Report of an investigation into the causes of malaria in Bombay and the measures necessary for its control
Disease focus: Malaria
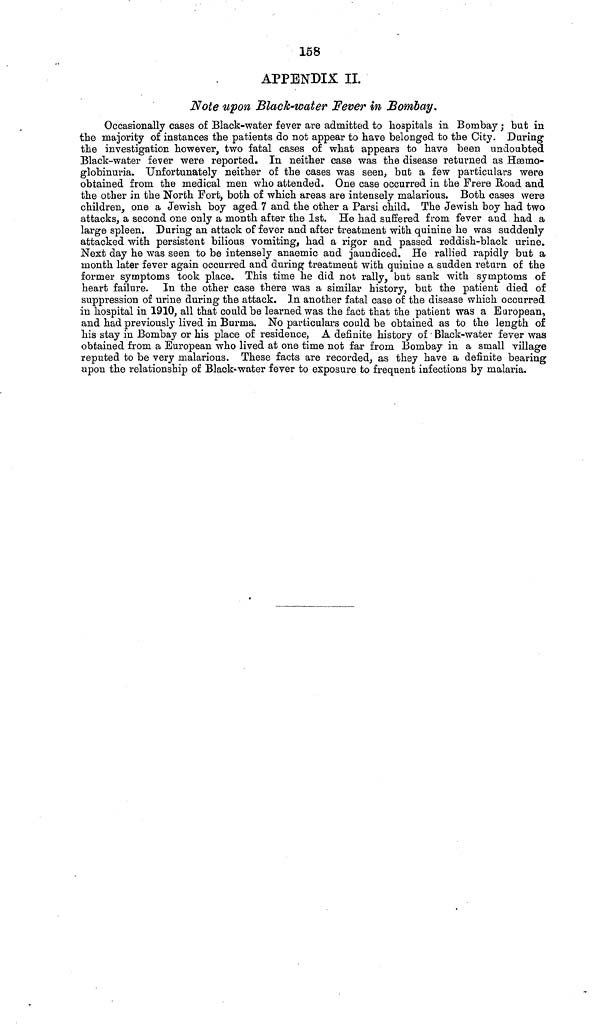
158
APPENDIX II.
Note upon Black-water Fever in Bombay.
Occasionally cases of Black-water fever are admitted to hospitals in Bombay ; but in
the majority of instances the patients do not appear to have belonged to the City. During
the investigation however, two fatal cases of what appears to have been undoubted
Black-water fever were reported. In neither case was the disease returned as Hæmo-
globinuria. Unfortunately neither of the cases was seen, but a few particulars were
obtained from the medical men who attended. One case occurred in the Frere Road and
the other in the North Fort, both of which areas are intensely malarious. Both oases were
children, one a Jewish boy aged 7 and the other a Parsi child. The Jewish boy had two
attacks, a second one only a month after the 1st. He had suffered from fever and had a
large spleen. During an attack of fever and after treatment with quinine he was suddenly
attacked with persistent bilious vomiting, had a rigor and passed reddish-black urine.
Next day he was seen to be intensely anaemic and jaundiced. He rallied rapidly but a
month later fever again occurred and during treatment with quinine a sudden return of the
former symptoms took place. This time he did not rally, but sank with symptoms of
heart failure. In the other case there was a similar history, but the patient died of
suppression of urine during the attack. In another fatal case of the disease which occurred
in hospital in 1910, all that could be learned was the fact that the patient was a European,
and had previously lived in Burma. No particulars could be obtained as to the length of
his stay in Bombay or his place of residence, A definite history of • Black-water fever was
obtained from a European who lived at one time not far from Bombay in a small village
reputed to be very malarious. These facts are recorded, as they have a definite bearing
upon the relationship of Black water fever to exposure to frequent infections by malaria.